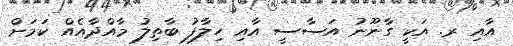
އާއި ރ. އަކީ ގާނޫނު އަސާސީ އާއި ހިލާފު ބާތިލު މާއްދާއެއް ކަމަށް